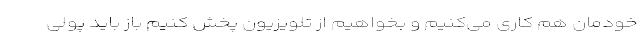
خودمان هم کاری می‌کنیم و بخواهیم از تلویزیون پخش کنیم باز باید پولی